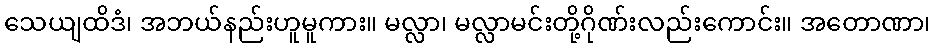
သေယျထိဒံ၊ အဘယ်နည်းဟူမူကား။ မလ္လာ၊ မလ္လာမင်းတို့ဂိုဏ်းလည်းကောင်း။ အတောဏာ၊